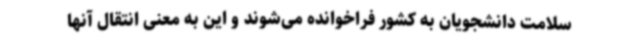
سلامت دانشجویان به کشور فراخوانده می‌شوند و این به معنی انتقال آنها